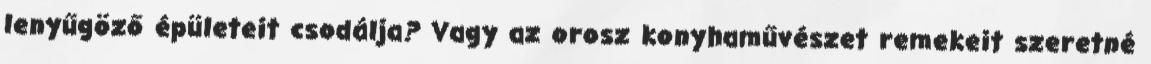
lenyűgöző épületeit csodálja? Vagy az orosz konyhaművészet remekeit szeretné